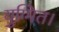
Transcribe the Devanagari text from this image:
युग्मित।